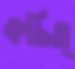
কচিত্